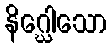
နိဂ္ဃေါသော